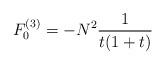
LaTeX: \begin{align*}F_0^{(3)} = - { N^2 } { 1 \over t ( 1 + t) }\end{align*}